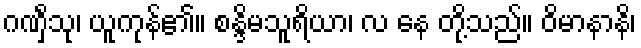
ဂဏှိံသု၊ ယူကုန်၏။ စန္ဒိမသူရိယာ၊ လ နေ တို့သည်။ ဝိမာနာနိ၊